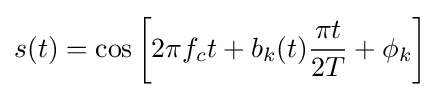
s(t)=\cos \left[2\pi f_{c}t+b_{k}(t){\frac {\pi t}{2T}}+\phi _{k}\right]